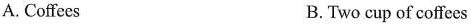
A. Coffees B.Two cup of coffces